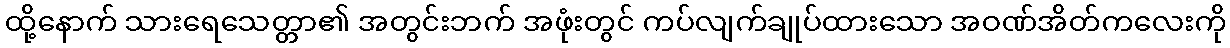
ထို့နောက် သားရေသေတ္တာ၏ အတွင်းဘက် အဖုံးတွင် ကပ်လျက်ချုပ်ထားသော အဝဏ်အိတ်ကလေးကို